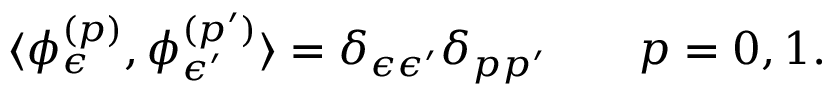
\langle \phi _ { \epsilon } ^ { ( p ) } , \phi _ { \epsilon ^ { \prime } } ^ { ( p ^ { \prime } ) } \rangle = \delta _ { \epsilon \epsilon ^ { \prime } } \delta _ { p p ^ { \prime } } \qquad p = 0 , 1 .